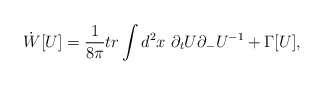
\begin{align*}\dot{W}[U] = \frac{1}{8 \pi} tr \int d^2x~ \partial_t U\partial_- U^{-1}+ \Gamma [U],\end{align*}